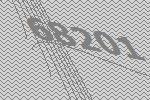
68201